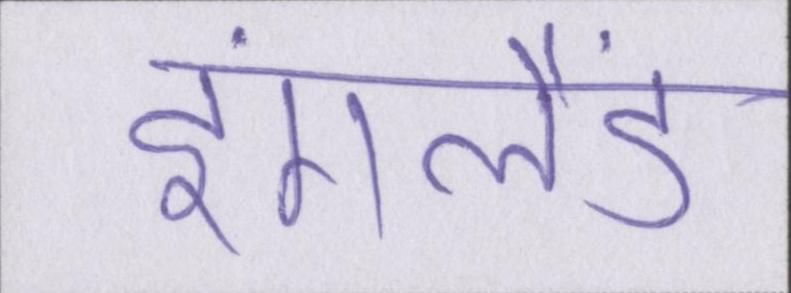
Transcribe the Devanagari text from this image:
इंगलैंड